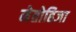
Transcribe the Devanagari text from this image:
मेतोहिजा